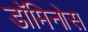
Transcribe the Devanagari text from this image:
डॉमिनोस